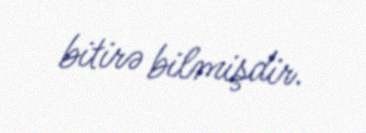
bitirə bilmişdir.